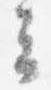
云